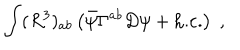
\int ( R ^ { 3 } ) _ { a b } \left( \bar { \psi } \Gamma ^ { a b } D \psi + \mathrm { h . c . } \right) \; ,